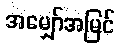
အမျှော်အမြင်